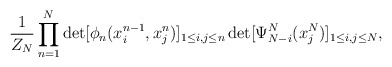
\begin{align*} \frac{1}{Z_N}\prod_{n=1}^{N} \det[\phi_n(x_i^{n-1},x_j^n)]_{1\leq i,j\leq n} \det[\Psi_{N-i}^{N}(x_{j}^N)]_{1\leq i,j \leq N},\end{align*}